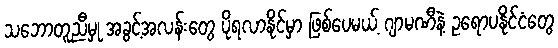
သဘောတူညီမှု အခွင့်အလန်းတွေ ပိုရလာနိုင်မှာ ဖြစ်ပေမယ့် ဂျာမဏီနဲ့ ဥရောပနိုင်ငံတွေ